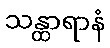
သန္ထာရာနံ